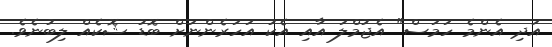
އަދި އެންމެ ހަމަސް" އެޖުމްލަ އާއި އެކު އަހަރެންނަށް ބޮޑު ޝޮކެއް ލިބުނެވެ.